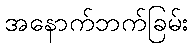
အနောက်ဘက်ခြမ်း